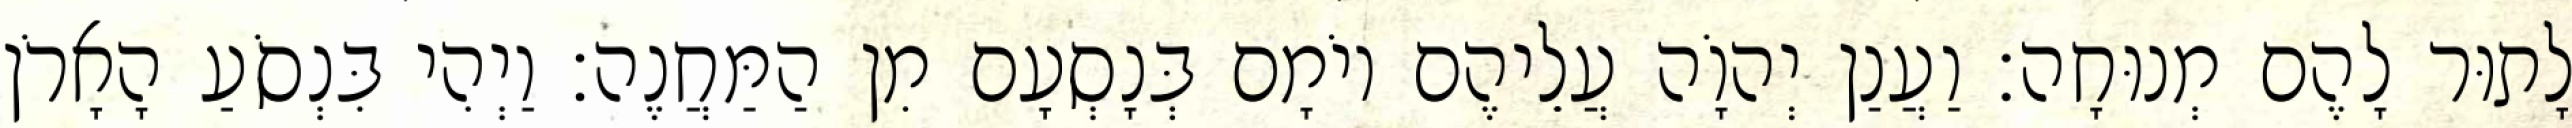
לָתוּר לָהֶם מְנוּחָה׃ וַעֲנַן יְהוָֹה עֲלֵיהֶם יוֹמָם בְּנָסְעָם מִן הַמַּחֲנֶה׃ וַיְהִי בִּנְסֹעַ הָאָרֹן